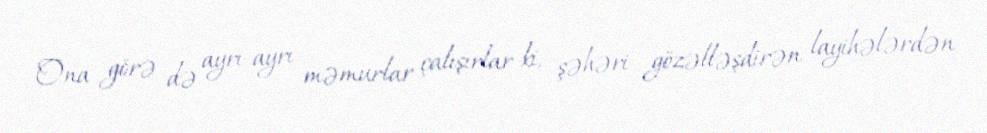
Ona görə də ayrı-ayrı məmurlar çalışırlar ki, şəhəri gözəlləşdirən layihələrdən